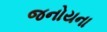
જનોયના